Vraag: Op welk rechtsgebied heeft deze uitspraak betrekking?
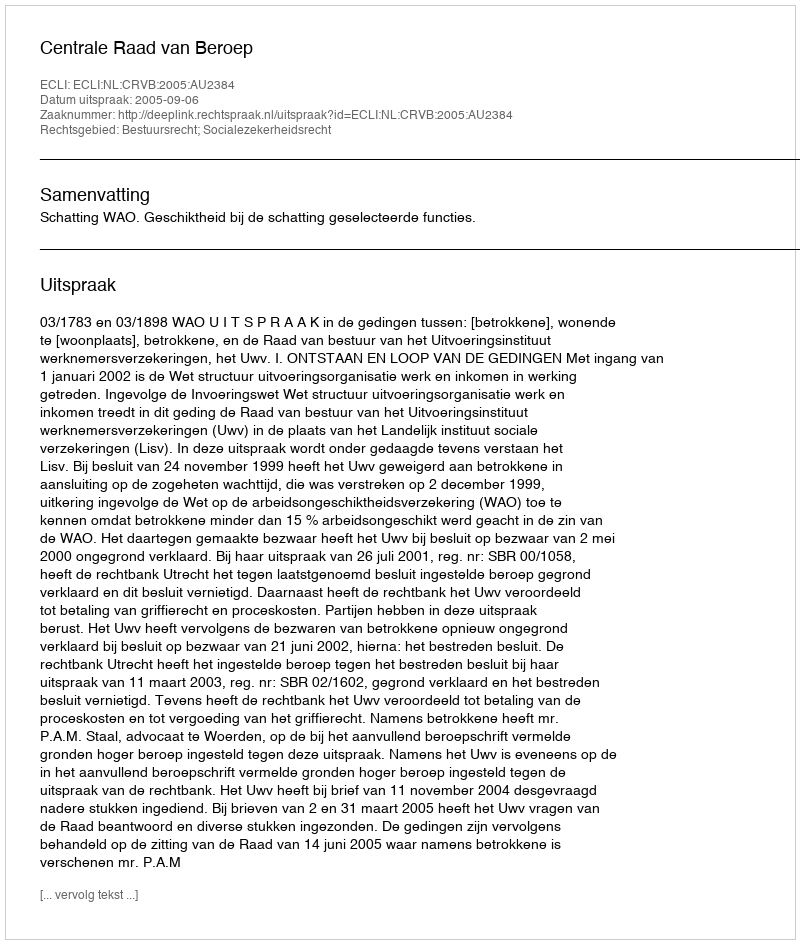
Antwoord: Bestuursrecht; Socialezekerheidsrecht